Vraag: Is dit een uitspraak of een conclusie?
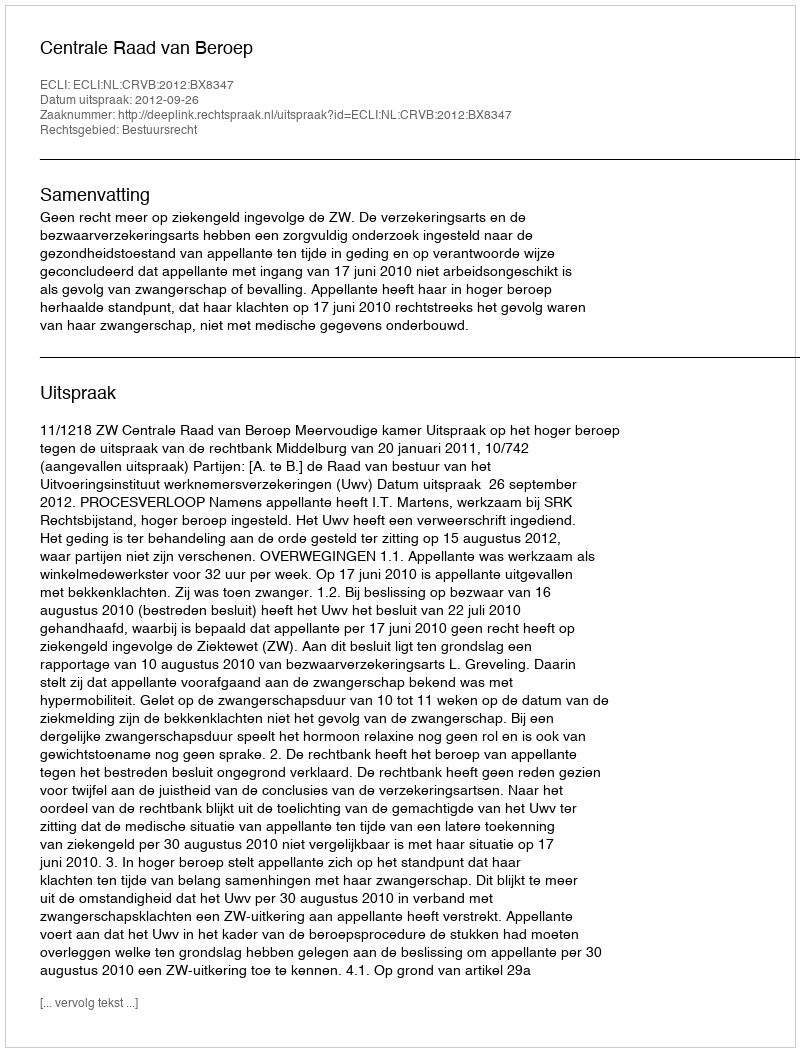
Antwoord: Uitspraak